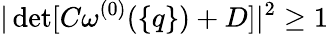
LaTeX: |\operatorname*{det}[C\omega^{(0)}(\{ q\} )+D]|^{2}\geq 1